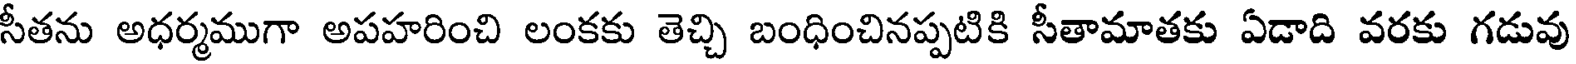
సీతను అధర్మముగా అపహరించి లంకకు తెచ్చి బంధించినప్పటికి సీతామాతకు ఏడాది వరకు గడువు